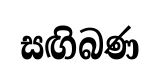
සඟිබණ